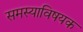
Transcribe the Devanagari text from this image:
समस्याविषयक